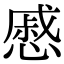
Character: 慼